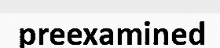
preexamined